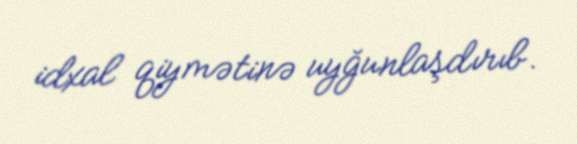
idxal qiymətinə uyğunlaşdırıb.